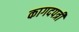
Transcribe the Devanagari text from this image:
कागदपत्री